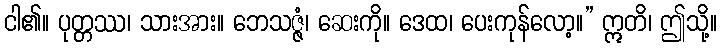
ငါ၏။ ပုတ္တဿ၊ သားအား။ ဘေသဇ္ဇံ၊ ဆေးကို။ ဒေထ၊ ပေးကုန်လော့။” ဣတိ၊ ဤသို့။